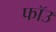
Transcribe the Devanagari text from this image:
फॉउ